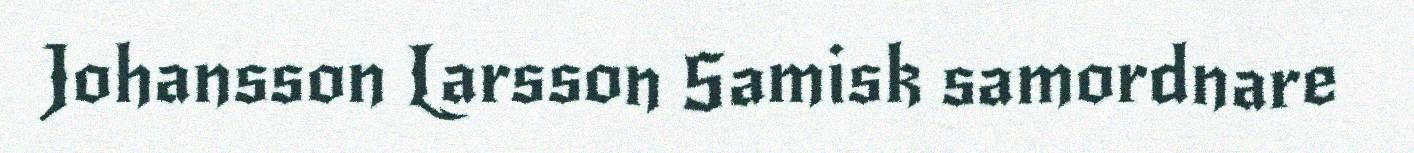
Johansson Larsson Samisk samordnare